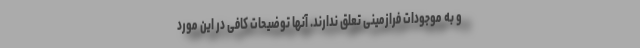
و به موجودات فرازمینی تعلق ندارند. آنها توضیحات کافی در این مورد